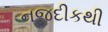
નજદીકથી